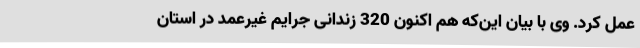
عمل کرد. وی با بیان این‌که هم اکنون 320 زندانی جرایم غیرعمد در استان